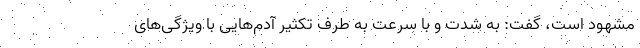
مشهود است، گفت: به شدت و با سرعت به طرف تکثیر آدم‌هایی با ویژگی‌های